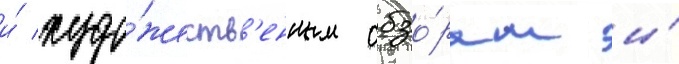
и́ худо́жеств'енным обзо́рам и́